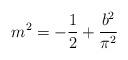
LaTeX: \begin{align*}m^2 = -\frac{1}{2} +\frac{b^2}{\pi^2}\end{align*}